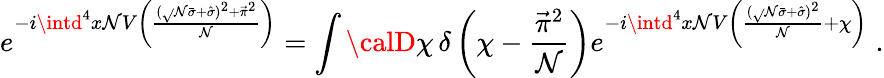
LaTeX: e^{-i\intd^{4}x\mathcal{N}V\left(\frac{{(\sqrt{}{{\mathcal{N}}}\bar{{\sigma}}+\hat{{\sigma}})^{2}+\vec{{\pi}}^{2}}}{{\mathcal{N}}}\right)}=\int{\calD}\chi\, \delta\left(\chi-\frac{{\vec{{\pi}}^{2}}}{{\mathcal{N}}}\right)e^{-i\intd^{4}x\mathcal{N}V\left(\frac{{(\sqrt{}{{\mathcal{N}}}\bar{{\sigma}}+\hat{{\sigma}})^{2}}}{{\mathcal{N}}}+\chi\right)}\; .